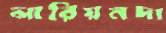
লারিয়নদা